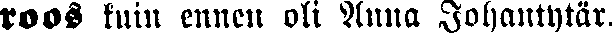
roos kuin ennen oli Anna Johantytär,